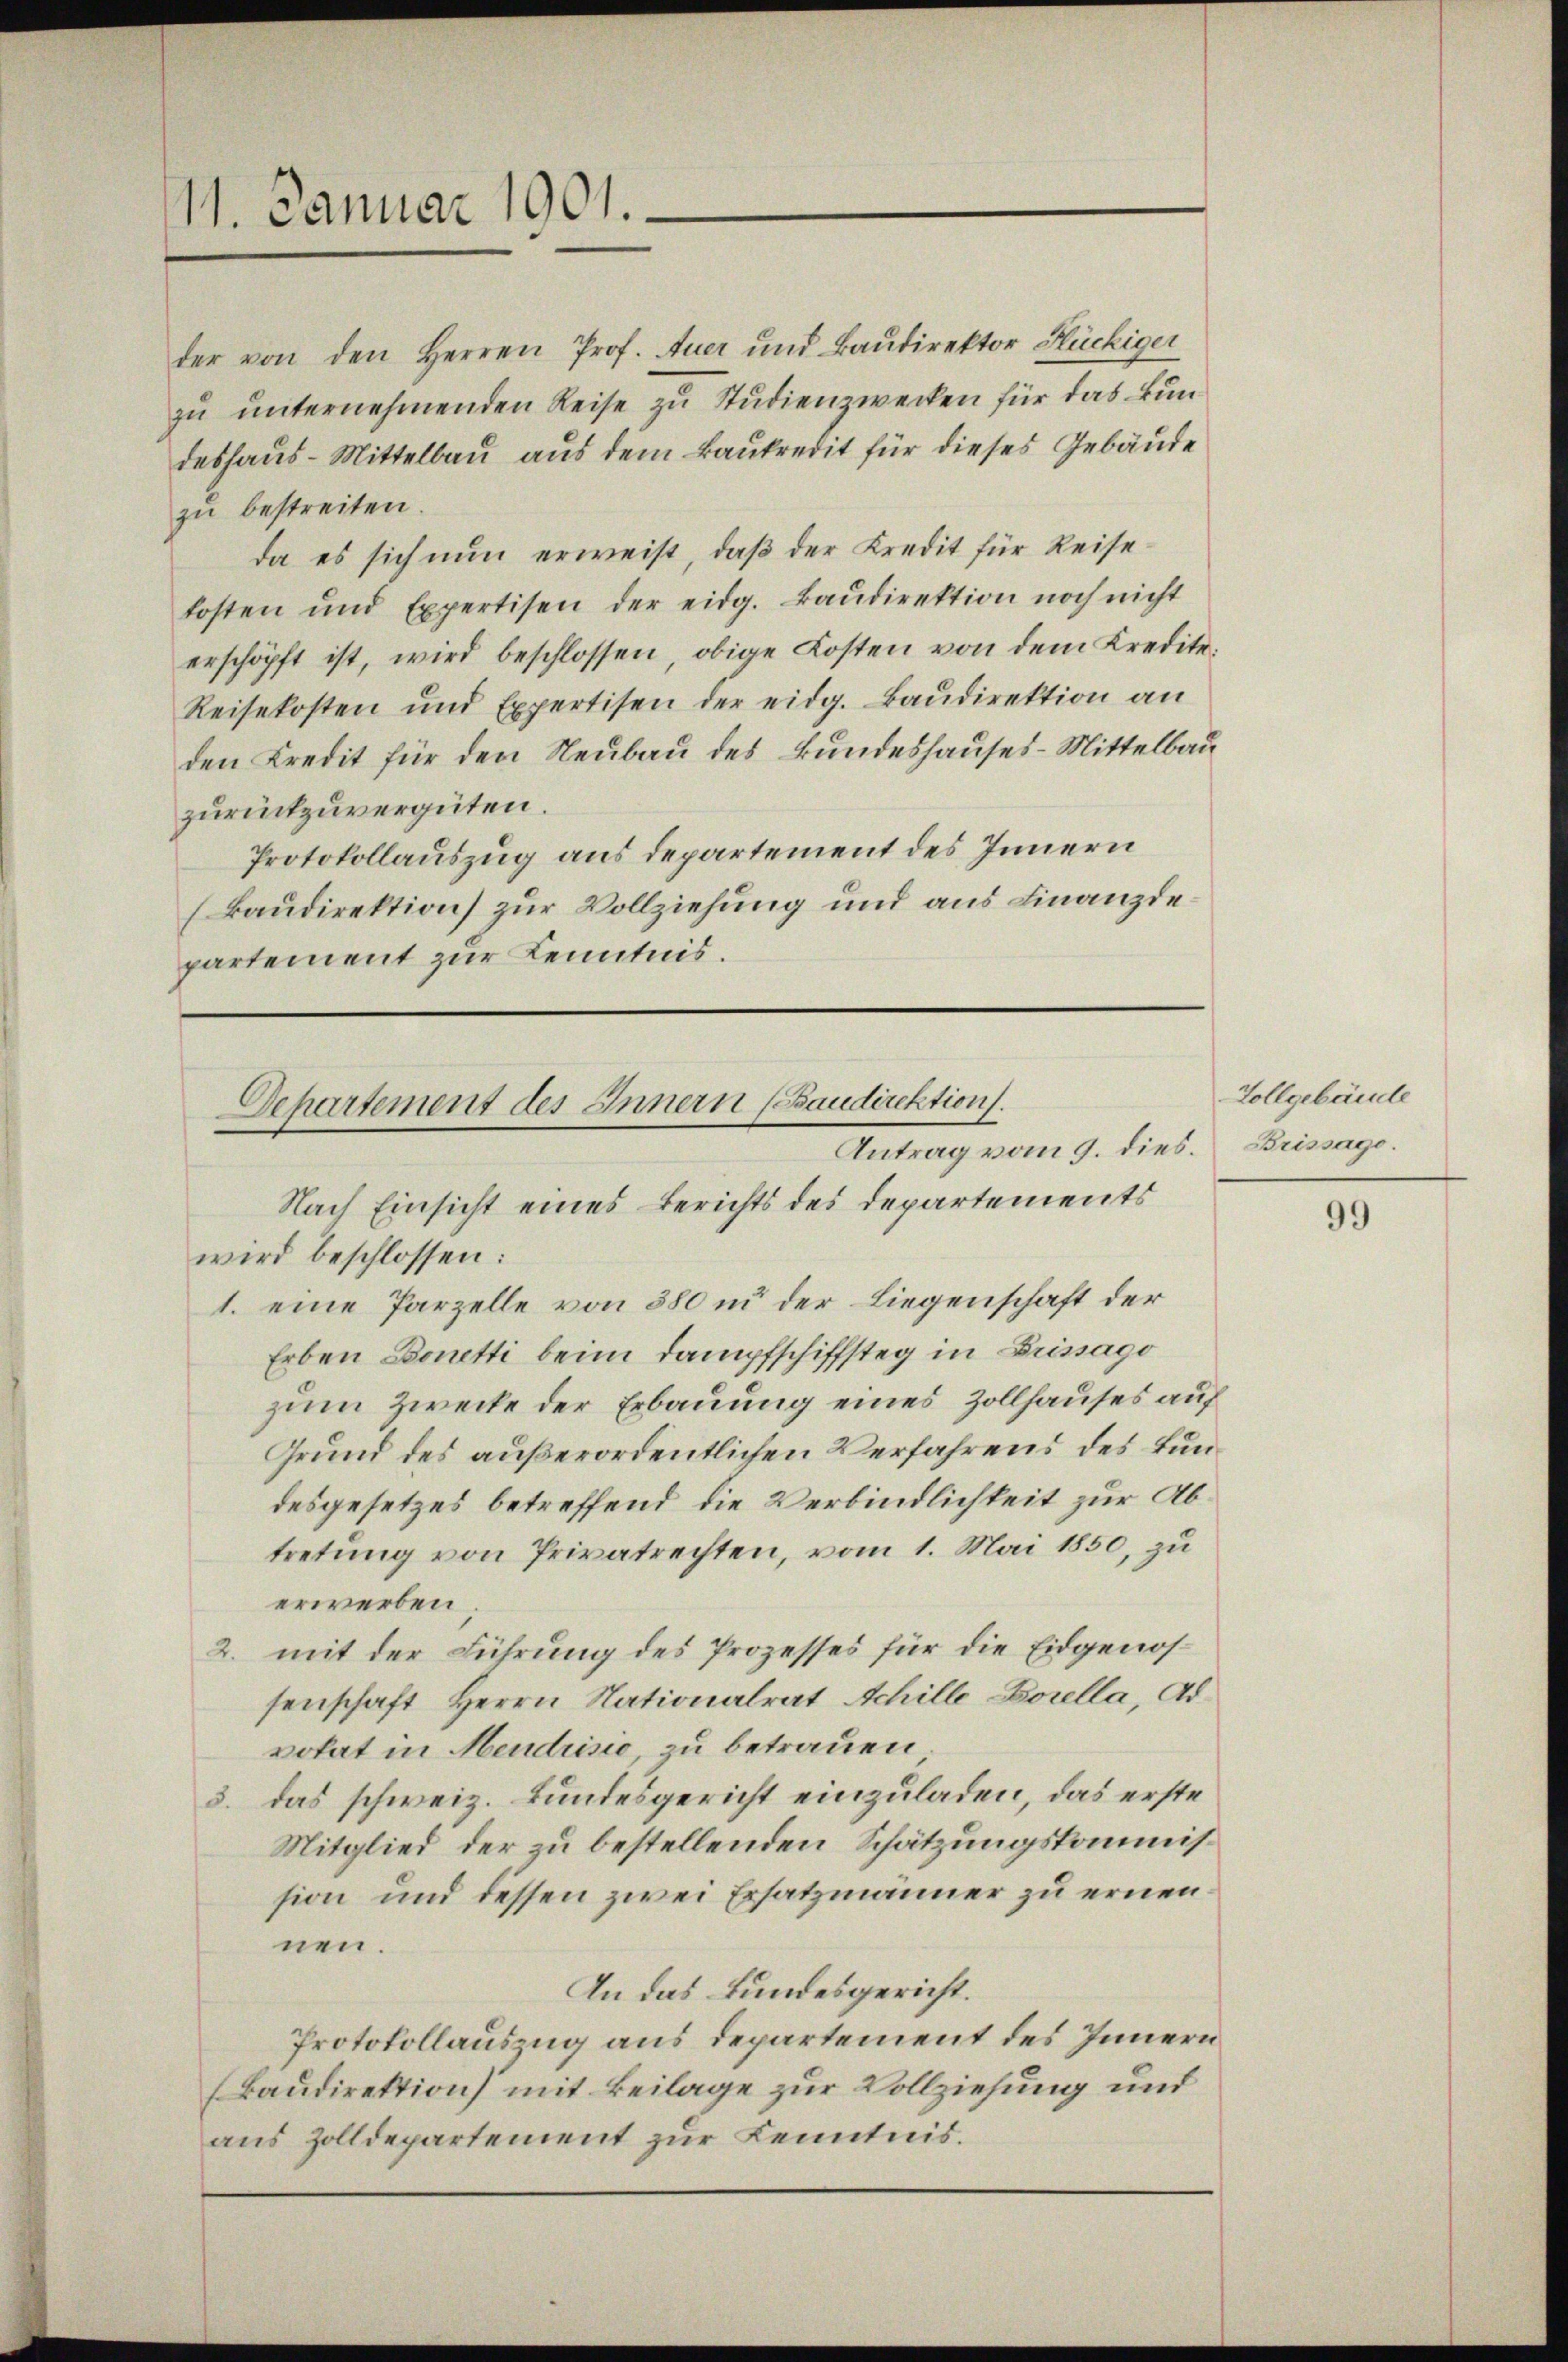
11. Januar 1901.

der von den Herren Prof. Auer und Baŭdirektor Hückiger
zu unternehmenden Reise zu Studienzwecken für das Bundeshaus-Mittelbau aus dem Baukredit für dieses Gebäude
zu bestreiten.
da es sich nun erweist, daß der Kredit für Reisekosten und Expertisen der eidg. Baŭdirektion noch nicht
erschöpft ist, wird beschlossen, obige Kosten von dem Kredite.
Reisekosten und Expertisen der eidg. Baŭdirektion an
den Kredit für den Neubau des Bundeshauses Mittelbau
zurückzuvergüten.
Protokollauszug aus departement des Innern
(Baudirektion zur Vollziehung und aus Finanzde
partement zur Kenntnis.

Departement des Innern (Baudirektion.
Antrag vom 9. dies.
Nach Einsicht eines Berichts des Departements

wird beschlossen:
1. eine Parzelle von 380 in der Liegenschaft der
Erben Bonetti beim Dampfschiffsteg in Brissago
zum Zwecke der Erbauung eines Zollhauses auf
Grund des außerordentlichen Verfahrens des Lundesgesetzes betreffend die Verbindlichkeit zur Abtretung von Privatrechten, vom 1. Mai 1850, zu
erwerben,
2. mit der Führung des Prozesses für die Eidgenossenschaft Herrn Nationalrat Achille Borella, Advokat in Mendrisie, zu betrauen.
3. das schweiz. Bundesgericht einzuladen, das erste
Mitglied der zu bestellenden Schätzungskommission und dessen zwei Ersatzmänner zu ernennen.
An das Bundesgericht.
Protokollausung aus Departement des Innern
(Baudirektion mit Beilage zur Vollziehung und
aus Zolldepartement zur Kenntnis.

Vollgebäude
Brissage.

99